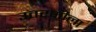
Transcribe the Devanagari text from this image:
उतरणीला